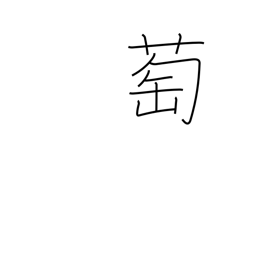
Meaning: wild grape